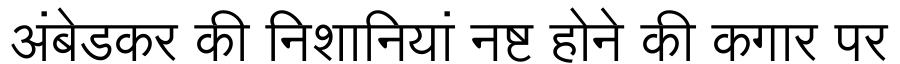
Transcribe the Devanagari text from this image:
अंबेडकर की निशानियां नष्ट होने की कगार पर